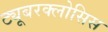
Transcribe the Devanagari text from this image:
ट्यूबरक्लोसिस